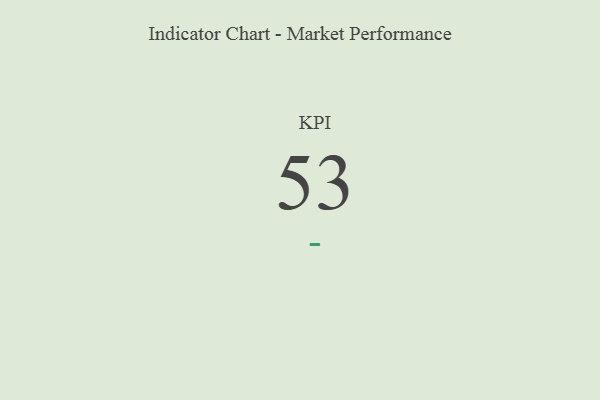
{"axis": {"x": "KPI", "y": "Value"}, "legend": [""], "data": [{"x": "KPI", "y": 53, "type": ""}]}